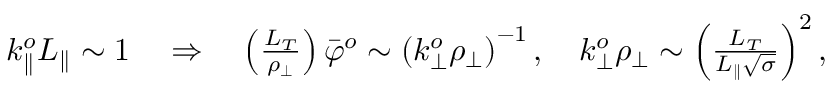
\begin{array} { r } { k _ { \parallel } ^ { o } L _ { \parallel } \sim 1 \quad \Rightarrow \quad \left( \frac { L _ { T } } { \rho _ { \perp } } \right) \bar { \varphi } ^ { o } \sim \left( k _ { \perp } ^ { o } \rho _ { \perp } \right) ^ { - 1 } , \quad k _ { \perp } ^ { o } \rho _ { \perp } \sim \left( \frac { L _ { T } } { L _ { \parallel } \sqrt { \sigma } } \right) ^ { 2 } , } \end{array}